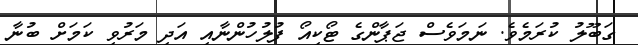
ގަބޫލު ކުރަމެވެ. ނަމަވެސް ޖަޕާންގެ ޓޯކިއޯ ފުލުހުންނާއި އަދި މަރުވި ކަމަށް ބުނާ